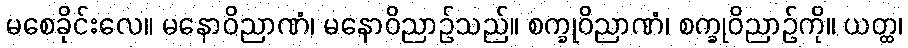
မစေခိုင်းလေ။ မနောဝိညာဏံ၊ မနောဝိညာဉ်သည်။ စက္ခုဝိညာဏံ၊ စက္ခုဝိညာဉ်ကို။ ယတ္ထ၊